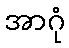
အာဂုံ